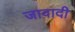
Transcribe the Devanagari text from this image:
जावादी